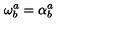
\mathbf { \omega } _ { b } ^ { a } = \mathbf { \alpha } _ { b } ^ { a }